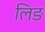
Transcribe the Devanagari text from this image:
लिङ